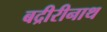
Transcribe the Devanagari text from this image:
बद्रीरीनाथ